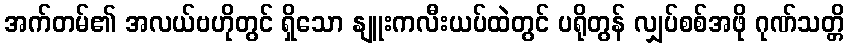
အက်တမ်၏ အလယ်ဗဟိုတွင် ရှိသော နျူးကလီးယပ်ထဲတွင် ပရိုတွန် လျှပ်စစ်အဖို ဂုဏ်သတ္တိ